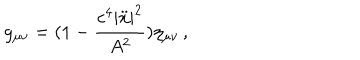
g _ { \mu \nu } = ( 1 - \frac { c ^ { 4 } | \ddot { x } | ^ { 2 } } { A ^ { 2 } } ) \eta _ { \mu \nu } \, { , }